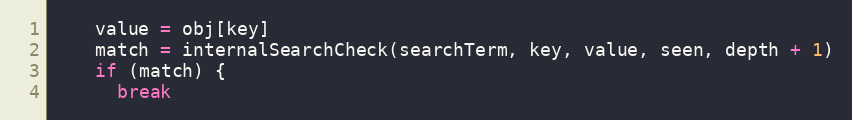
Language: JavaScript
    value = obj[key]
    match = internalSearchCheck(searchTerm, key, value, seen, depth + 1)
    if (match) {
      break